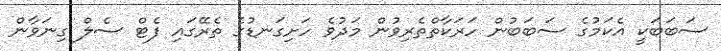
ސަބަބަކީ އެކަމުގެ ސަބަބުން ހަރަކާތްތެރިވުން މަދުވެ ހަށިގަނޑުގެ ތެރޭގައި ފެޓް ސެލް ގިނަވާން